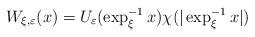
LaTeX: \begin{align*}W_{\xi,\varepsilon}(x)=U_{\varepsilon}(\exp_{\xi}^{-1}x)\chi(|\exp_{\xi}^{-1}x|)\end{align*}